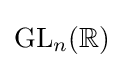
{\text{GL}}_{n}(\mathbb {R} )